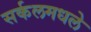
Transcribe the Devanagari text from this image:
सर्कलमधले